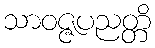
သာဝဇ္ဇပညတ္တိ